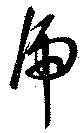
虎